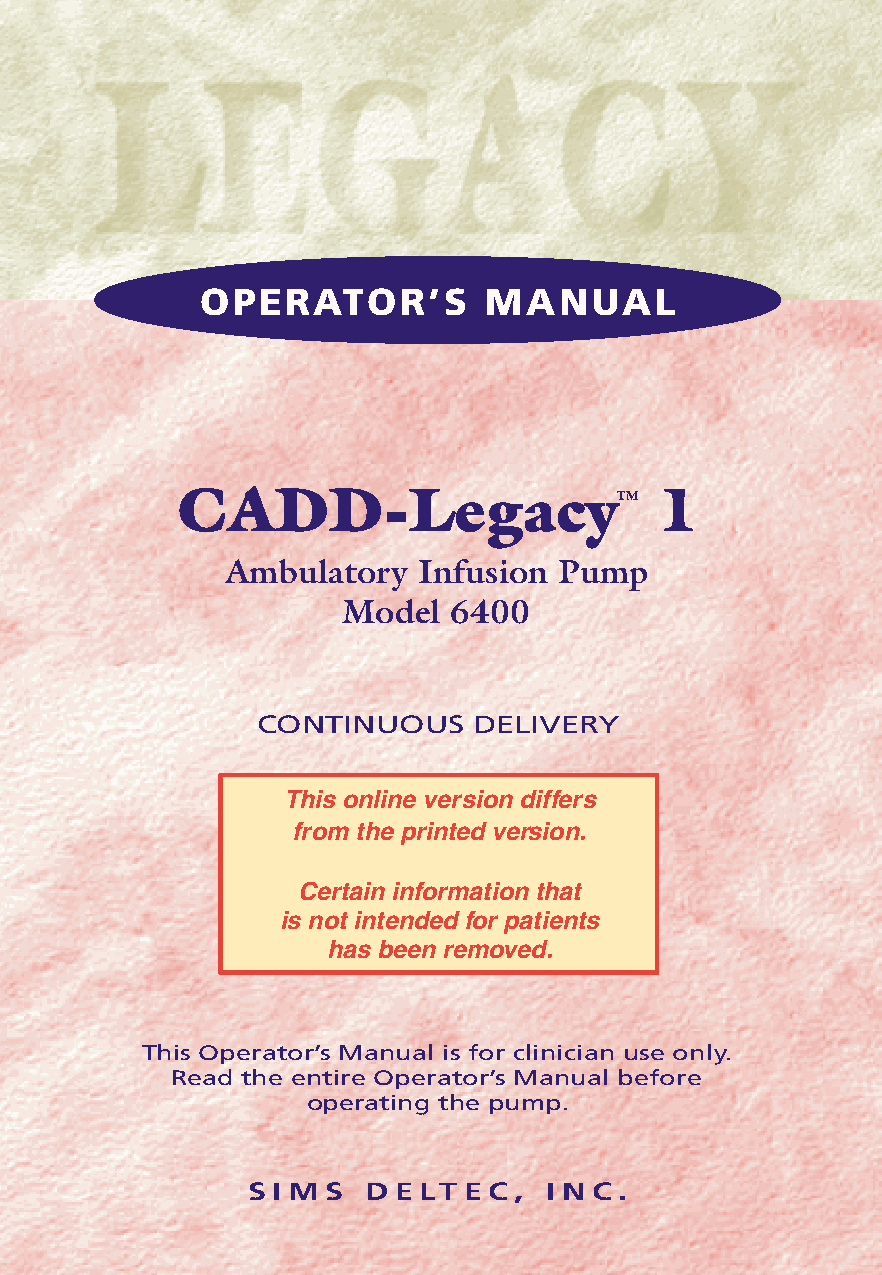
OPERATOR’S         MANUAL
 CADD-Legacy™                    1
 Ambulatory   Infusion Pump
 Model  6400
 CONTINUOUS    DELIVERY
 This online version differs
 from the printed version.
 Certain information that
 is not intended for patients
 has been removed.
 This Operator’s Manual is for clinician use only.
 Read the entire Operator’s Manual before
 operating the pump.
 S I M S D E LT E C , I N C .
 i
 3935-51D-omit Cover, Legacy 1 1      12/10/01, 2:33 PM
 PROOF (LR #3086), 2000-03-16 «3935-51D Cover, Legacy 1»